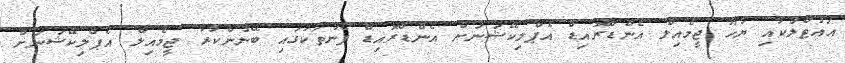
އައުޓްލުކާއި ޔާހޫ ޖީމެއިލް އެންޑްރޮއިޑް އެޕްލިކޭޝަނަށް އެންޑްރޮއިޑް ފޯނުތަކުގައި ބޭނުންކުރާ ޖީމެއިލް އެޕްލިކޭޝަނަށް